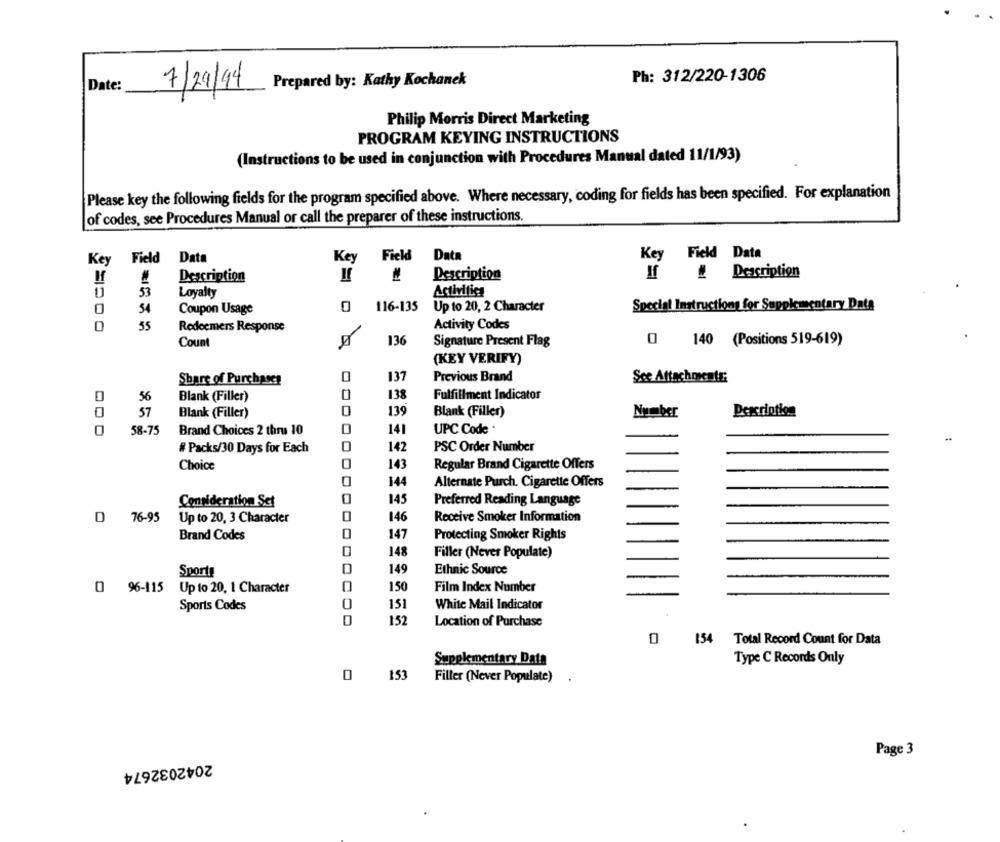
Date:
Prepared by: Kathy Kochanek
Ph: 312/220-1306
7/29/94
Philip Morris Direct Marketing
PROGRAM KEYING INSTRUCTIONS
(Instructions to be used in conjunction with Procedures Manual dated 11/1/93)
Please key the following fields for the program specified above. Where necessary, coding for fields has been specified. For explanation
of codes, see Procedures Manual or call the preparer of these instructions.
Key
Field
Data
Key
Field
Data
Key Field Data
Description
Description
Description
If
53
Loyalty
Activities
0
54
Coupon Usage
0
116-135
Up to 20, 2 Character
Special Instructions for Supplementary Data
0
55
Redeemers Response
Activity Codes
Count
136
Signature Present Flag
0 140 (Positions 519-619)
(KEY VERIFY)
0
137
Previous Brand
Sce Attachoxents:
Share of Purchases
138
Fulfillment Indicator
0
56
Blank (Filler)
0
57
Blank (Filler)
0
139
Blank (Filler)
Number
Description
58-75
Brand Choices 2 thru 10
141
UPC Code ·
0
142
PSC Order Number
# Packs/30 Days for Each
Choice
0
143
Regular Brand Cigarette Offers
0
144
Alternate Purch. Cigarette Offers
Consideration Set
145
Preferred Reading Language
76-95
Up to 20, 3 Character
0
146
Receive Smoker Information
Brand Codes
147
Protecting Smoker Rights
148
Filler (Never Populate)
Sports
149
Ethnic Source
0 96-115
Up to 20, 1 Character
0
150
Film Index Number
Sports Codes
0
151
White Mail Indicator
0
152
Location of Purchase
154
0
Total Record Count for Data
Supplementary Data
Type C Records Only
0
153
Filler (Never Populate)
Page 3
2042032674